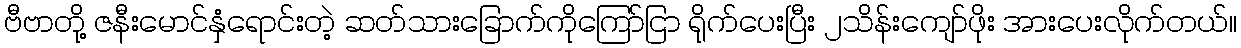
ဗီဗာတို့ ဇနီးမောင်နှံရောင်းတဲ့ ဆတ်သားခြောက်ကိုကြော်ငြာ ရိုက်ပေးပြီး ၂သိန်းကျော်ဖိုး အားပေးလိုက်တယ်၊၊